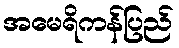
အမေရိကန်ပြည်